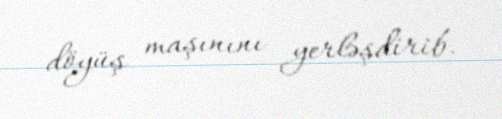
döyüş maşınını yerləşdirib.